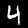
Label: 4